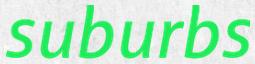
suburbs